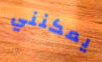
يمكنني